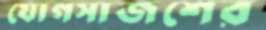
যোগসাজশের